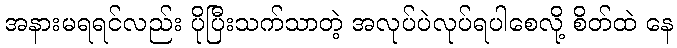
အနားမရရင်လည်း ပိုပြီးသက်သာတဲ့ အလုပ်ပဲလုပ်ရပါစေလို့ စိတ်ထဲ နေ